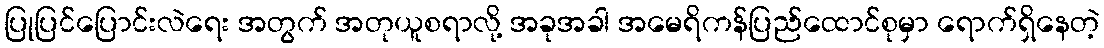
ပြုပြင်ပြောင်းလဲရေး အတွက် အတုယူစရာလို့ အခုအခါ အမေရိကန်ပြည်ထောင်စုမှာ ရောက်ရှိနေတဲ့